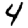
Digit: 4